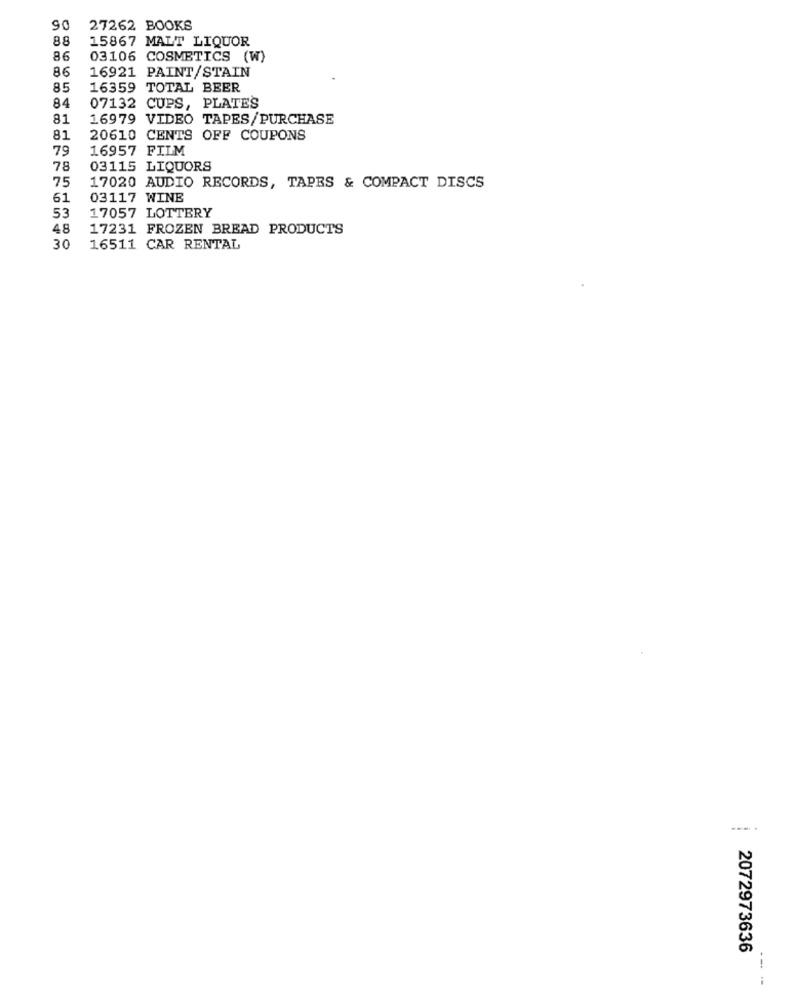
90
27262 BOOKS
88
15867 MALT LIQUOR
86
03106 COSMETICS (W)
86
16921 PAINT/STAIN
85
16359 TOTAL BEER
84
07132 CUPS, PLATES
81
16979 VIDEO TAPES/PURCHASE
81
20610 CENTS OFF COUPONS
79
16957 FILM
78
03115 LIQUORS
75
17020 AUDIO RECORDS, TAPES & COMPACT DISCS
61
03117 WINE
53
17057 LOTTERY
48
17231 FROZEN BREAD PRODUCTS
30
16511 CAR RENTAL
.... .
2072973636
---